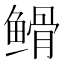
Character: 𮬡